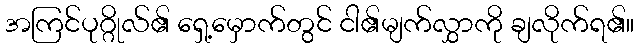
အကြင်ပုဂ္ဂိုလ်၏ ရှေ့မှောက်တွင် ငါ၏မျက်လွှာကို ချလိုက်ရ၏။